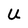
Character: U